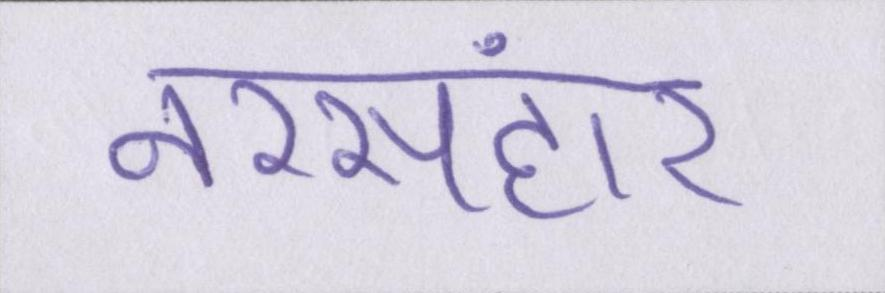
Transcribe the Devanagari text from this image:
नरसंहार